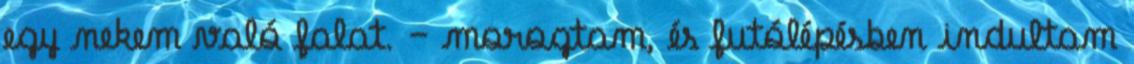
egy nekem való falat. – morogtam, és futólépésben indultam